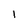
Character: I